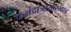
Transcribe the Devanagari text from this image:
फलंदाजासारखाच